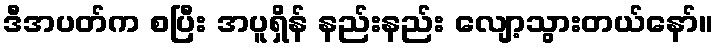
ဒီအပတ်က စပြီး အပူရှိန် နည်းနည်း လျော့သွားတယ်နော်။